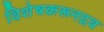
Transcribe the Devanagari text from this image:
विशेषकरूनद्रव